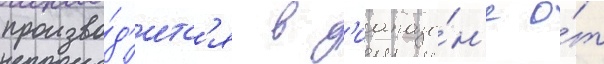
произво́д'итс'я в д'иапазо́н'е о́т